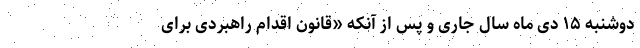
دو‌شنبه ۱۵ دی ماه سال جاری و پس از آنکه «قانون اقدام راهبردی برای